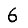
Digit: 6